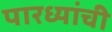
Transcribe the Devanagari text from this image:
पारध्यांची